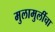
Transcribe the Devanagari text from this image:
मुलामुलींचा